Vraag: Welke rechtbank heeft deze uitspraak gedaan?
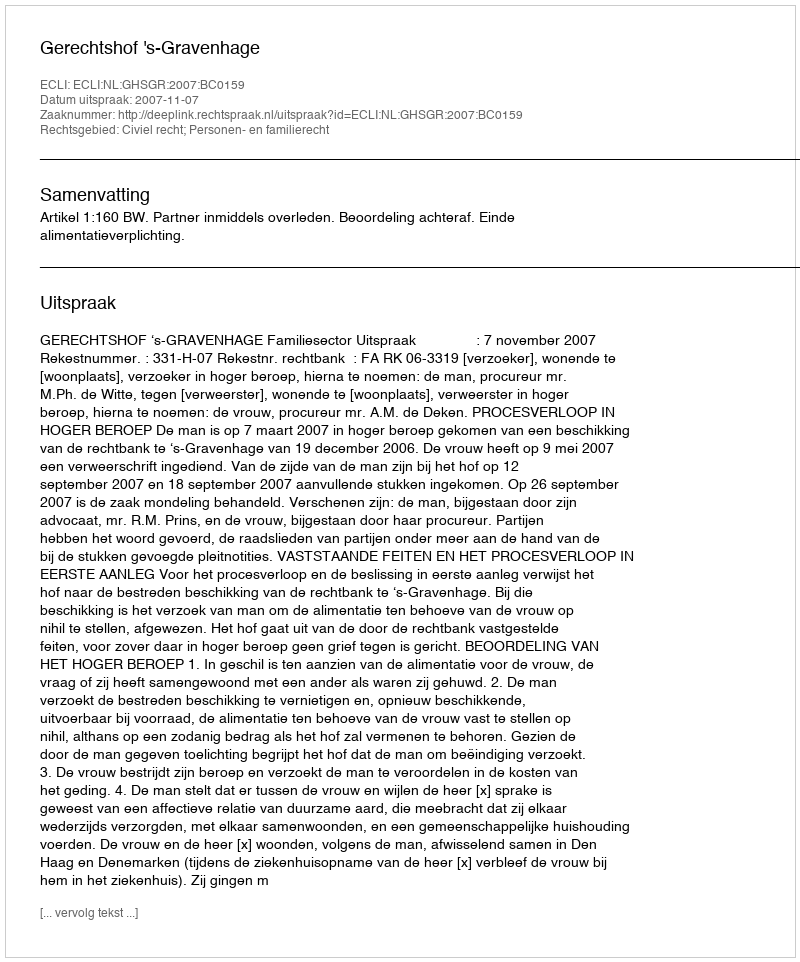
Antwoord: Gerechtshof 's-Gravenhage